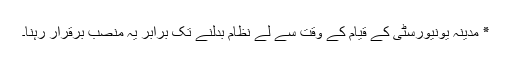
٭ مدینہ یونیورسٹی کے قیام کے وقت سے لے نظام بدلنے تک برابر یہ منصب برقرار رہنا۔